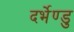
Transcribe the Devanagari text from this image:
दर्भेण्डु